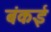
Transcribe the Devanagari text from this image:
बंकई